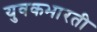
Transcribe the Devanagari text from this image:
युवकभारती